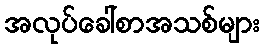
အလုပ်ခေါ်စာအသစ်များ